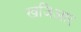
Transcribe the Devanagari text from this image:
खजिआर